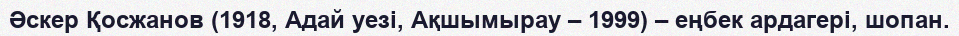
Әскер Қосжанов (1918, Адай уезі, Ақшымырау – 1999) – еңбек ардагері, шопан.